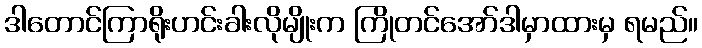
ဒါတောင်ကြာရိုးဟင်းခါးလိုမျိုးက ကြိုတင်အော်ဒါမှာထားမှ ရမည်။